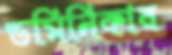
ডমিনিকার